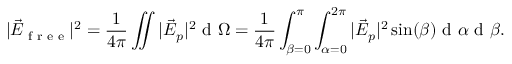
| \vec { E } _ { \textrm { f r e e } } | ^ { 2 } = \frac { 1 } { 4 \pi } \iint | \vec { E } _ { p } | ^ { 2 } \textrm { d } \Omega = \frac { 1 } { 4 \pi } \int _ { \beta = 0 } ^ { \pi } \int _ { \alpha = 0 } ^ { 2 \pi } | \vec { E } _ { p } | ^ { 2 } \sin ( \beta ) \textrm { d } \alpha \textrm { d } \beta .